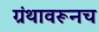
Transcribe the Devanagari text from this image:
ग्रंथावरूनच